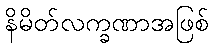
နိမိတ်လက္ခဏာအဖြစ်